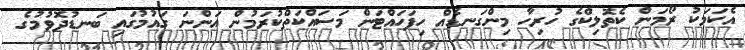
އެކަމަކު ރޯމަން ކެތޮލިކްގެ ހުރިހާ މިންގަނޑެއް ހިފަހައްޓަން މަސައްކަތްކުރަމުން އަންނަ ގައުމުގައި ބަނޑުދޮވުމުގެ